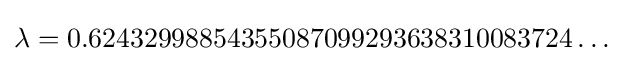
\lambda =0.62432998854355087099293638310083724\dots